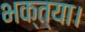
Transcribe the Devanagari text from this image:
भक्त्या।